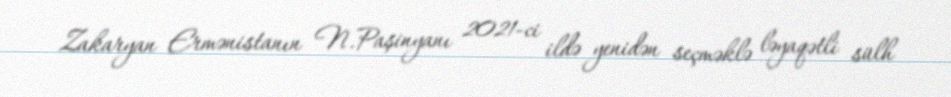
Zakaryan Ermənistanın N.Paşinyanı 2021-ci ildə yenidən seçməklə ləyaqətli sülh